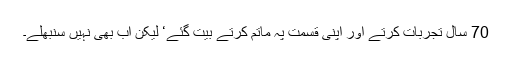
70 سال تجربات کرتے اور اپنی قسمت پہ ماتم کرتے بیت گئے‘ لیکن اب بھی نہیں سنبھلے۔